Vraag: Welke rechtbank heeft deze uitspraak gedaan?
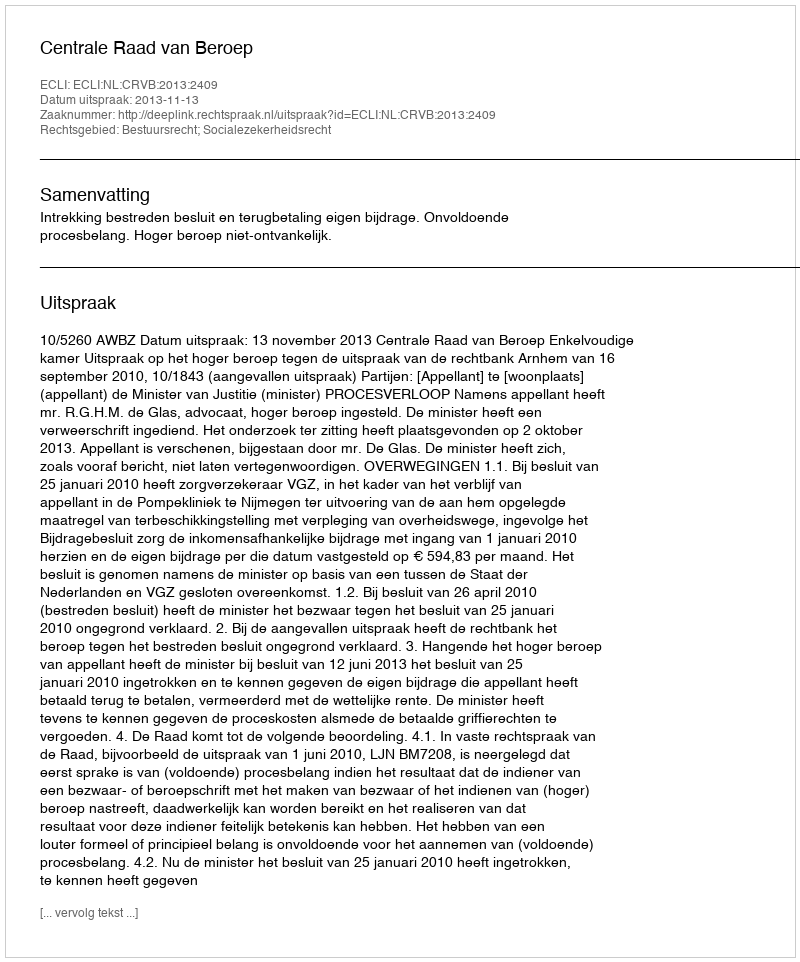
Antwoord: Centrale Raad van Beroep